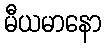
မီယမာနော